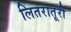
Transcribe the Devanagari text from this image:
लितरातूरी